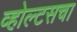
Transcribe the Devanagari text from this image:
व्होल्टसचा